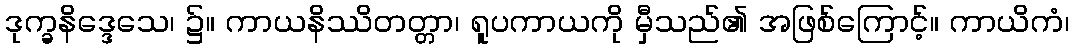
ဒုက္ခနိဒ္ဒေသေ၊ ၌။ ကာယနိဿိတတ္တာ၊ ရူပကာယကို မှီသည်၏ အဖြစ်ကြောင့်။ ကာယိကံ၊